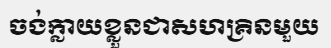
ចង់ក្លាយខ្លួនជាសហគ្រិនមួយ